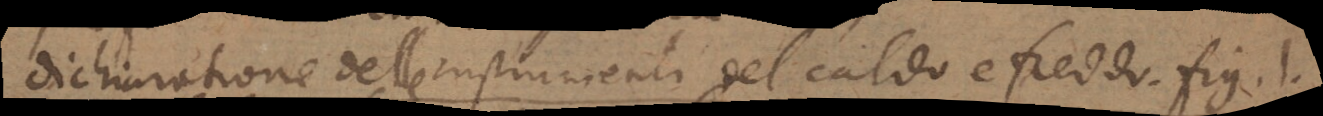
dichiaratione delle instrumenti del caldo e freddo, fig. 1.